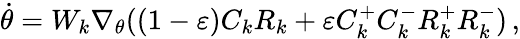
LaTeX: \begin{array}{r}{\dot{\theta}=W_{k}\nabla_{\theta}((1-\varepsilon)C_{k}R_{k}+\varepsilon C_{k}^{+}C_{k}^{-}R_{k}^{+}R_{k}^{-})\, ,}\end{array}